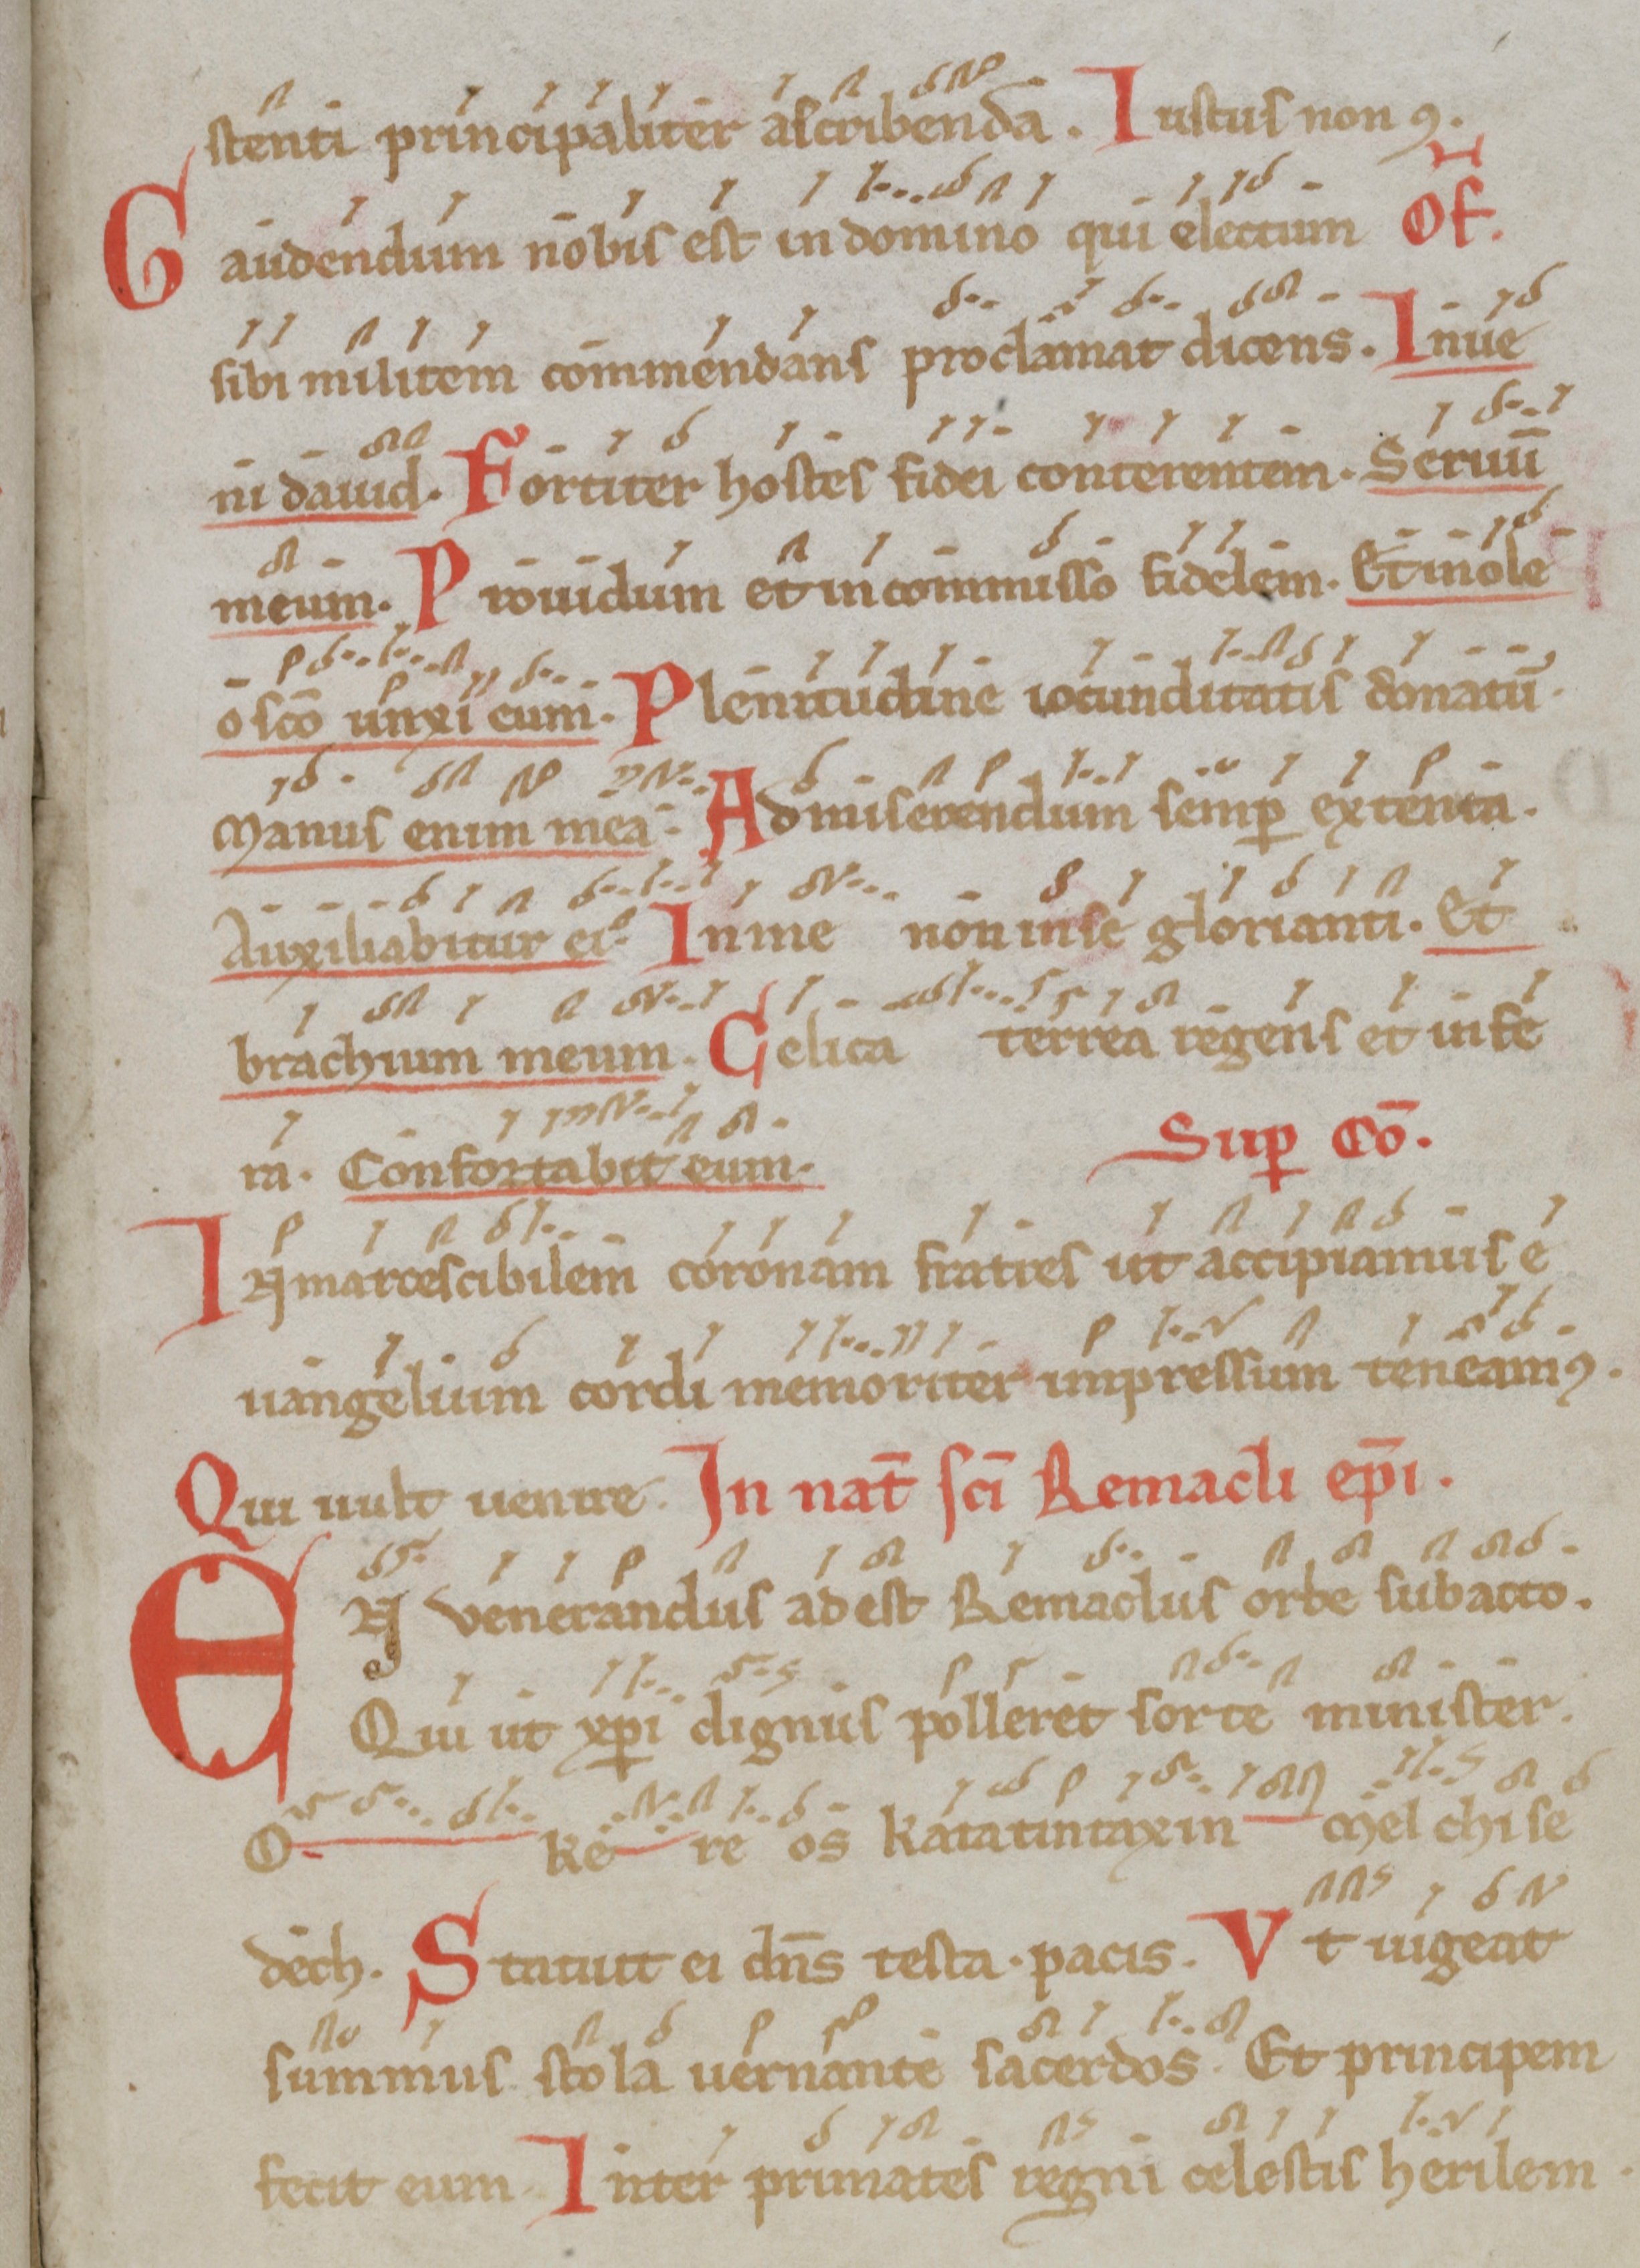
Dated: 1000–1099